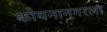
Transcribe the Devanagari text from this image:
कोयनानगरला